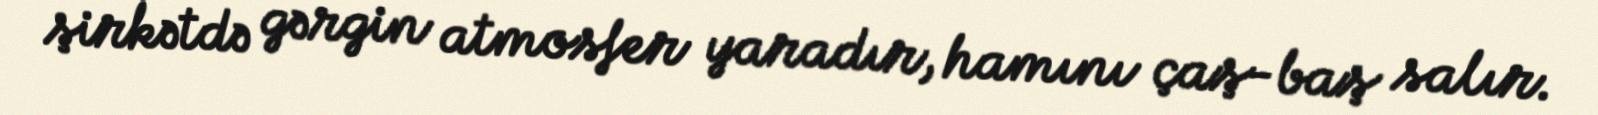
şirkətdə gərgin atmosfer yaradır, hamını çaş-baş salır.